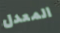
المعدل